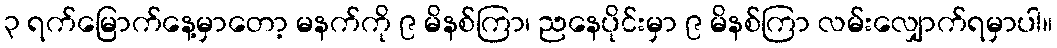
၃ ရက်မြောက်နေ့မှာတော့ မနက်ကို ၉ မိနစ်ကြာ၊ ညနေပိုင်းမှာ ၉ မိနစ်ကြာ လမ်းလျှောက်ရမှာပါ။